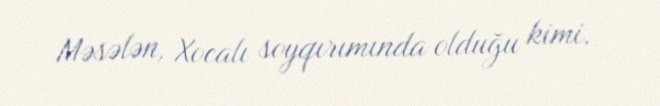
Məsələn, Xocalı soyqırımında olduğu kimi.